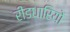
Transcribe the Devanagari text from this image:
रीडधारियों